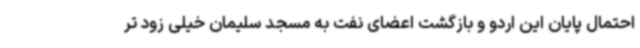
احتمال پایان این اردو و بازگشت اعضای نفت به مسجد سلیمان خیلی زود تر